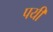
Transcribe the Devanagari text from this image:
पयी